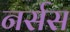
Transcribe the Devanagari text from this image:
नर्सस